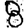
Digit: 8